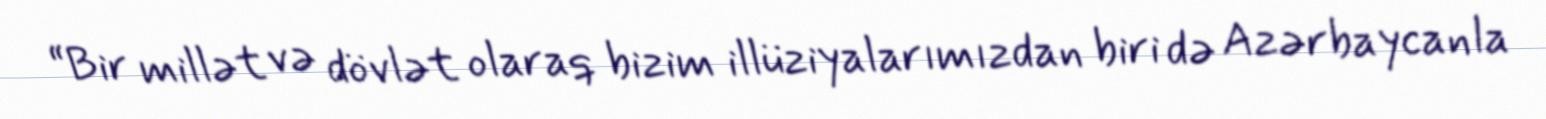
“Bir millət və dövlət olaraq bizim illüziyalarımızdan biri də Azərbaycanla